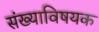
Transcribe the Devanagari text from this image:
संख्याविषयक